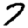
Digit: 7